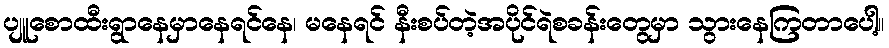
ပျူစောထီးရွာနေမှာနေရင်နေ၊ မနေရင် နီးစပ်တဲ့အပိုင်ရဲစခန်းတွေမှာ သွားနေကြတာပေါ့။